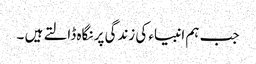
جب ہم انبیاء کی زندگی پر نگاہ ڈالتے ہیں ۔